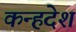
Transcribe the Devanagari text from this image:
कन्हदेश